Papers set at the Examination for Leaving Certificates, 1893
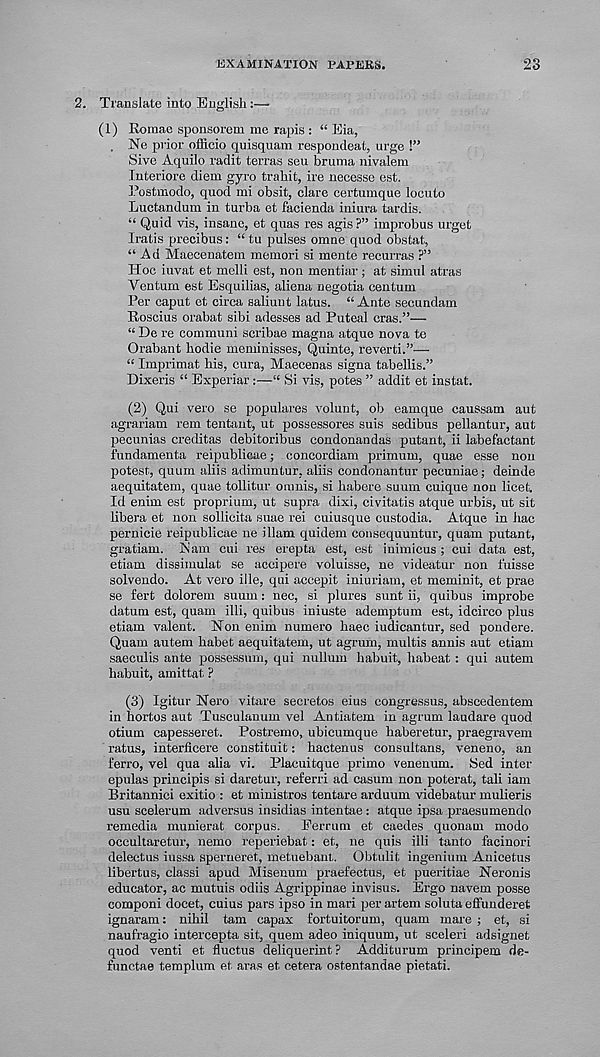
EXAMINATION PAPERS.
23
2. Translate into English:—
(1)
Romae sponsorem me rapis : “ Eia,
. Ne prior officio quisquam respondeat, urge !”
Sive Aquilo radit terras seu bruma nivalem
Interiore diem gyro trahit, ire necesse est.
Postmodo, quod mi obsit, clare certumque locuto
Luctandum in turba et facienda iniura tardis.
“ Quid vis, insane, et quas res agis?” improbus urget
Iratis precibus: “ tu pulses omne quod obstat,
“Ad Maocenatem memori si mente recurras ?”
Hoc iuvat et melli est, non mentiar; at simul atras
Ventum est Esquilias, aliena negotia centum
Per caput et circa saliuut latus. “Ante secundam
Roscius orabat sibi adesses ad Puteal eras.”—
“ De re communi scribae magna atque nova te
Orabant hodie meminisses, Quinte, reverti.”—
“ Imprimat his, cura, Maecenas signa tabellis.”
Dixeris “ Experiar :—“ Si vis, potes ” addit et instat.
(2) Qui vero se populares volunt, ob eamque caussam aut
agrarian! rem tentant, ut possessores suis sedibus pellantur, aut
pecunias creditas debitoribus condonandas putant, ii labefactant
fundamenta reipublicae; concordiam primum, quae esse non
potest, quum aliis adimuntur, aliis condonantur pecuniae; deinde
aequitatem, quae tollitur omnis, si habere suum cuique non licet.
Id enim est proprium, ut supra dixi, civitatis atque urbis, ut sit
libera et non sollicita suae rei cuiusque custodia. Atque in hac
pernicie reipublicae ne illam quidem consequuntur, quam putant,
gratiam. Nam cui res erepta est, est inimicus ; cui data est,
etiam dissimulat se accipere voluisse, ne videatur non fuisse
solvendo. At vero ille, qui accepit iniuriam, et meminit, et prae
se fert dolorem suum: nec, si plures sunt ii, quibus improbe
datum est, quam illi, quibus iniuste ademptum est, idcirco plus
etiam valent. Hon enim numero haec iudicantur, sed pondere.
Quam autem habet aequitatem, ut agrum, multis annis aut etiam
saeculis ante possessum, qui nullum habuit, habeat : qui autem
habuit, amittat ?
(3) Igitur Hero vitare secretes eius congressus, abscedentem
in hortos aut Tusculanum vel Antiatem in agrum laudare quod
otium capesseret. Postremo, ubicumque haberetur, praegravem
ratus, interficere constituit: hactenus consultans, veneno, an
ferro, vel qua alia vi. Placuitque prime venenum. Sed inter
epulas principis si daretur, referri ad casum non poterat, tali iam
Britannici exitio : et ministros tentare arduum videbatur mulieris
usu scelerum adversus insidias intentae : atque ipsa praesumendo
remedia munierat corpus. Eerrum et caedes quonam modo
occultaretur, nemo reperiebat: et, ne quis illi tanto facinori
delectus iussa sperneret, metuebant. Obtulit ingenium Anicetus
libertus, classi apud Misenum praefectus, et pueritiae Heronis
educator, ac mutuis odiis Agrippinae invisus. Ergo navem posse
componi docet, cuius pars ipso in mari per artem soluta effunderet
ignaram: nihil tam capax fortuitorum, quam mare ; et, si
naufragio intercepta sit, quem adeo iniquum, ut sceleri adsigziet
quod venti et fluctus deliquerint? Additurum principem de-
functae templum et aras et cetera ostentandae pietati.